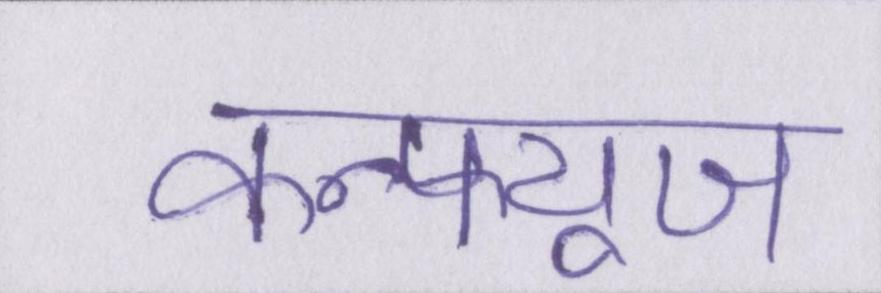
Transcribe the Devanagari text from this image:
कन्फ्यूज